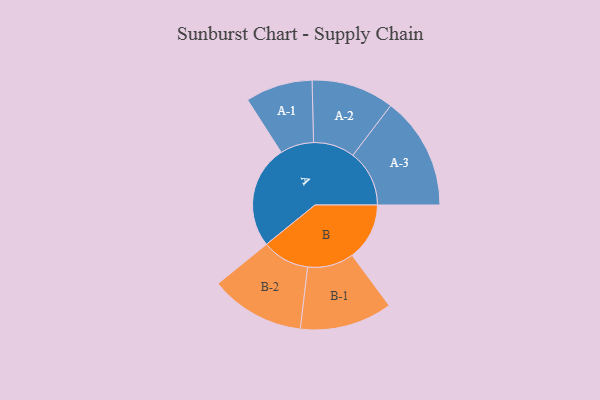
{"axis": {"x": "Segment", "y": "Value"}, "legend": ["", "A", "B"], "data": [{"x": "A", "y": 464, "type": ""}, {"x": "B", "y": 258, "type": ""}, {"x": "A-1", "y": 151, "type": "A"}, {"x": "A-2", "y": 186, "type": "A"}, {"x": "A-3", "y": 254, "type": "A"}, {"x": "B-1", "y": 208, "type": "B"}, {"x": "B-2", "y": 213, "type": "B"}]}